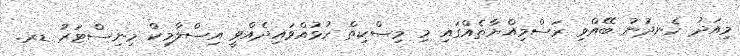
މިއަދު ހެނދުނު ބޭއްވި ރަސްމިއްޔާތެއްގައި މި މިސްކިތް ހުޅުއްވައިދެއްވީ އިސްލާމިކް މިނިސްޓަރު ޑރ.